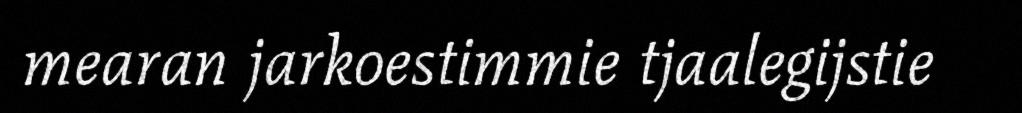
mearan jarkoestimmie tjaalegijstie